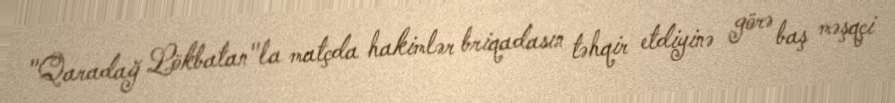
"Qaradağ Lökbatan"la matçda hakimlər briqadasın təhqir etdiyinə görə baş məşqçi